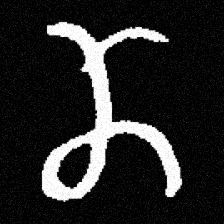
Pyu character \u2014 Myanmar letter: ဏ (romanized: nna)